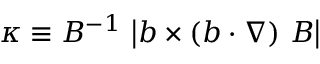
\kappa \equiv B ^ { - 1 } \, \left\vert \boldsymbol { b } \times \left( \boldsymbol { b } \cdot \boldsymbol { \nabla } \right) \, \boldsymbol { B } \right\vert